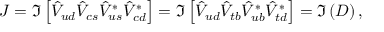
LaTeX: J = \Im \left[ \hat { V } _ { u d } \hat { V } _ { c s } \hat { V } _ { u s } ^ { * } \hat { V } _ { c d } ^ { * } \right] = \Im \left[ \hat { V } _ { u d } \hat { V } _ { t b } \hat { V } _ { u b } ^ { * } \hat { V } _ { t d } ^ { * } \right] = \Im \left( D \right) ,